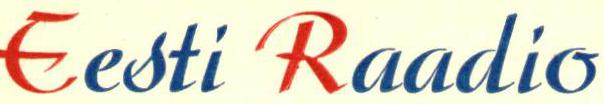
Eesti Raadio